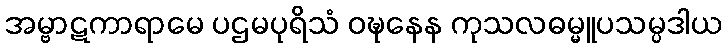
အမ္ဗာဋကာရာမေ ပဌမပုရိသံ ဝဍ္ဎနေန ကုသလဓမ္မူပသမ္ပဒါယ